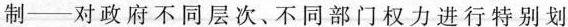
制——对政府不同层次，不同部门权力进行特别划